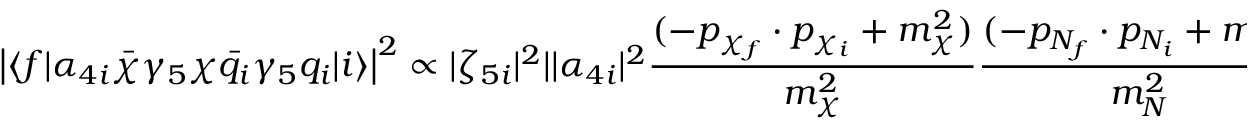
\left| \langle f | \alpha _ { 4 i } \bar { \chi } \gamma _ { 5 } \chi \bar { q _ { i } } \gamma _ { 5 } q _ { i } | i \rangle \right| ^ { 2 } \propto | \zeta _ { 5 i } | ^ { 2 } | | \alpha _ { 4 i } | ^ { 2 } \frac { ( - p _ { \chi _ { f } } \cdot p _ { \chi _ { i } } + m _ { \chi } ^ { 2 } ) } { m _ { \chi } ^ { 2 } } \frac { ( - p _ { N _ { f } } \cdot p _ { N _ { i } } + m _ { N } ^ { 2 } ) } { m _ { N } ^ { 2 } }